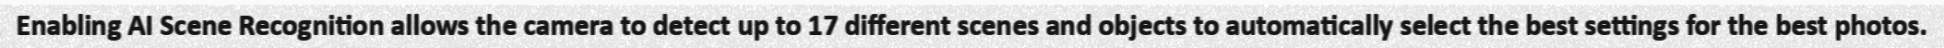
Enabling AI Scene Recognition allows the camera to detect up to 17 different scenes and objects to automatically select the best settings for the best photos.